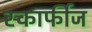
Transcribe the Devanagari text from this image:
स्कार्फीज